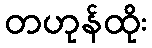
တဟုန်ထိုး